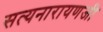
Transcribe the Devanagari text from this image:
सत्यनारायणजी